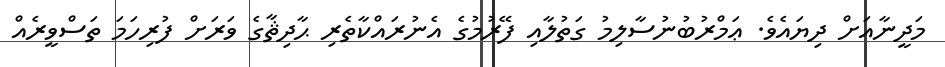
މަދީނާއަށް ދިޔައެވެ. ޢަމްރުބުނުސާލިމު ގަތުލާއި ފޭރުމުގެ އެނުރައްކާތެރި ޙާދިޘާގެ ވަރަށް ފުރިހަމަ ތަސްވީރެއް